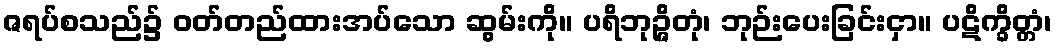
ဇရပ်စသည်၌ ဝတ်တည်ထားအပ်သော ဆွမ်းကို။ ပရိဘုဉ္ဇိတုံ၊ ဘုဉ်းပေးခြင်းငှာ။ ပဋိက္ခိတ္တံ၊